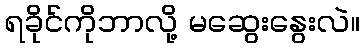
ရခိုင်ကိုဘာလို့ မဆွေးနွေးလဲ။